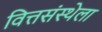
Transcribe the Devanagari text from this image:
वित्तसंस्थेला